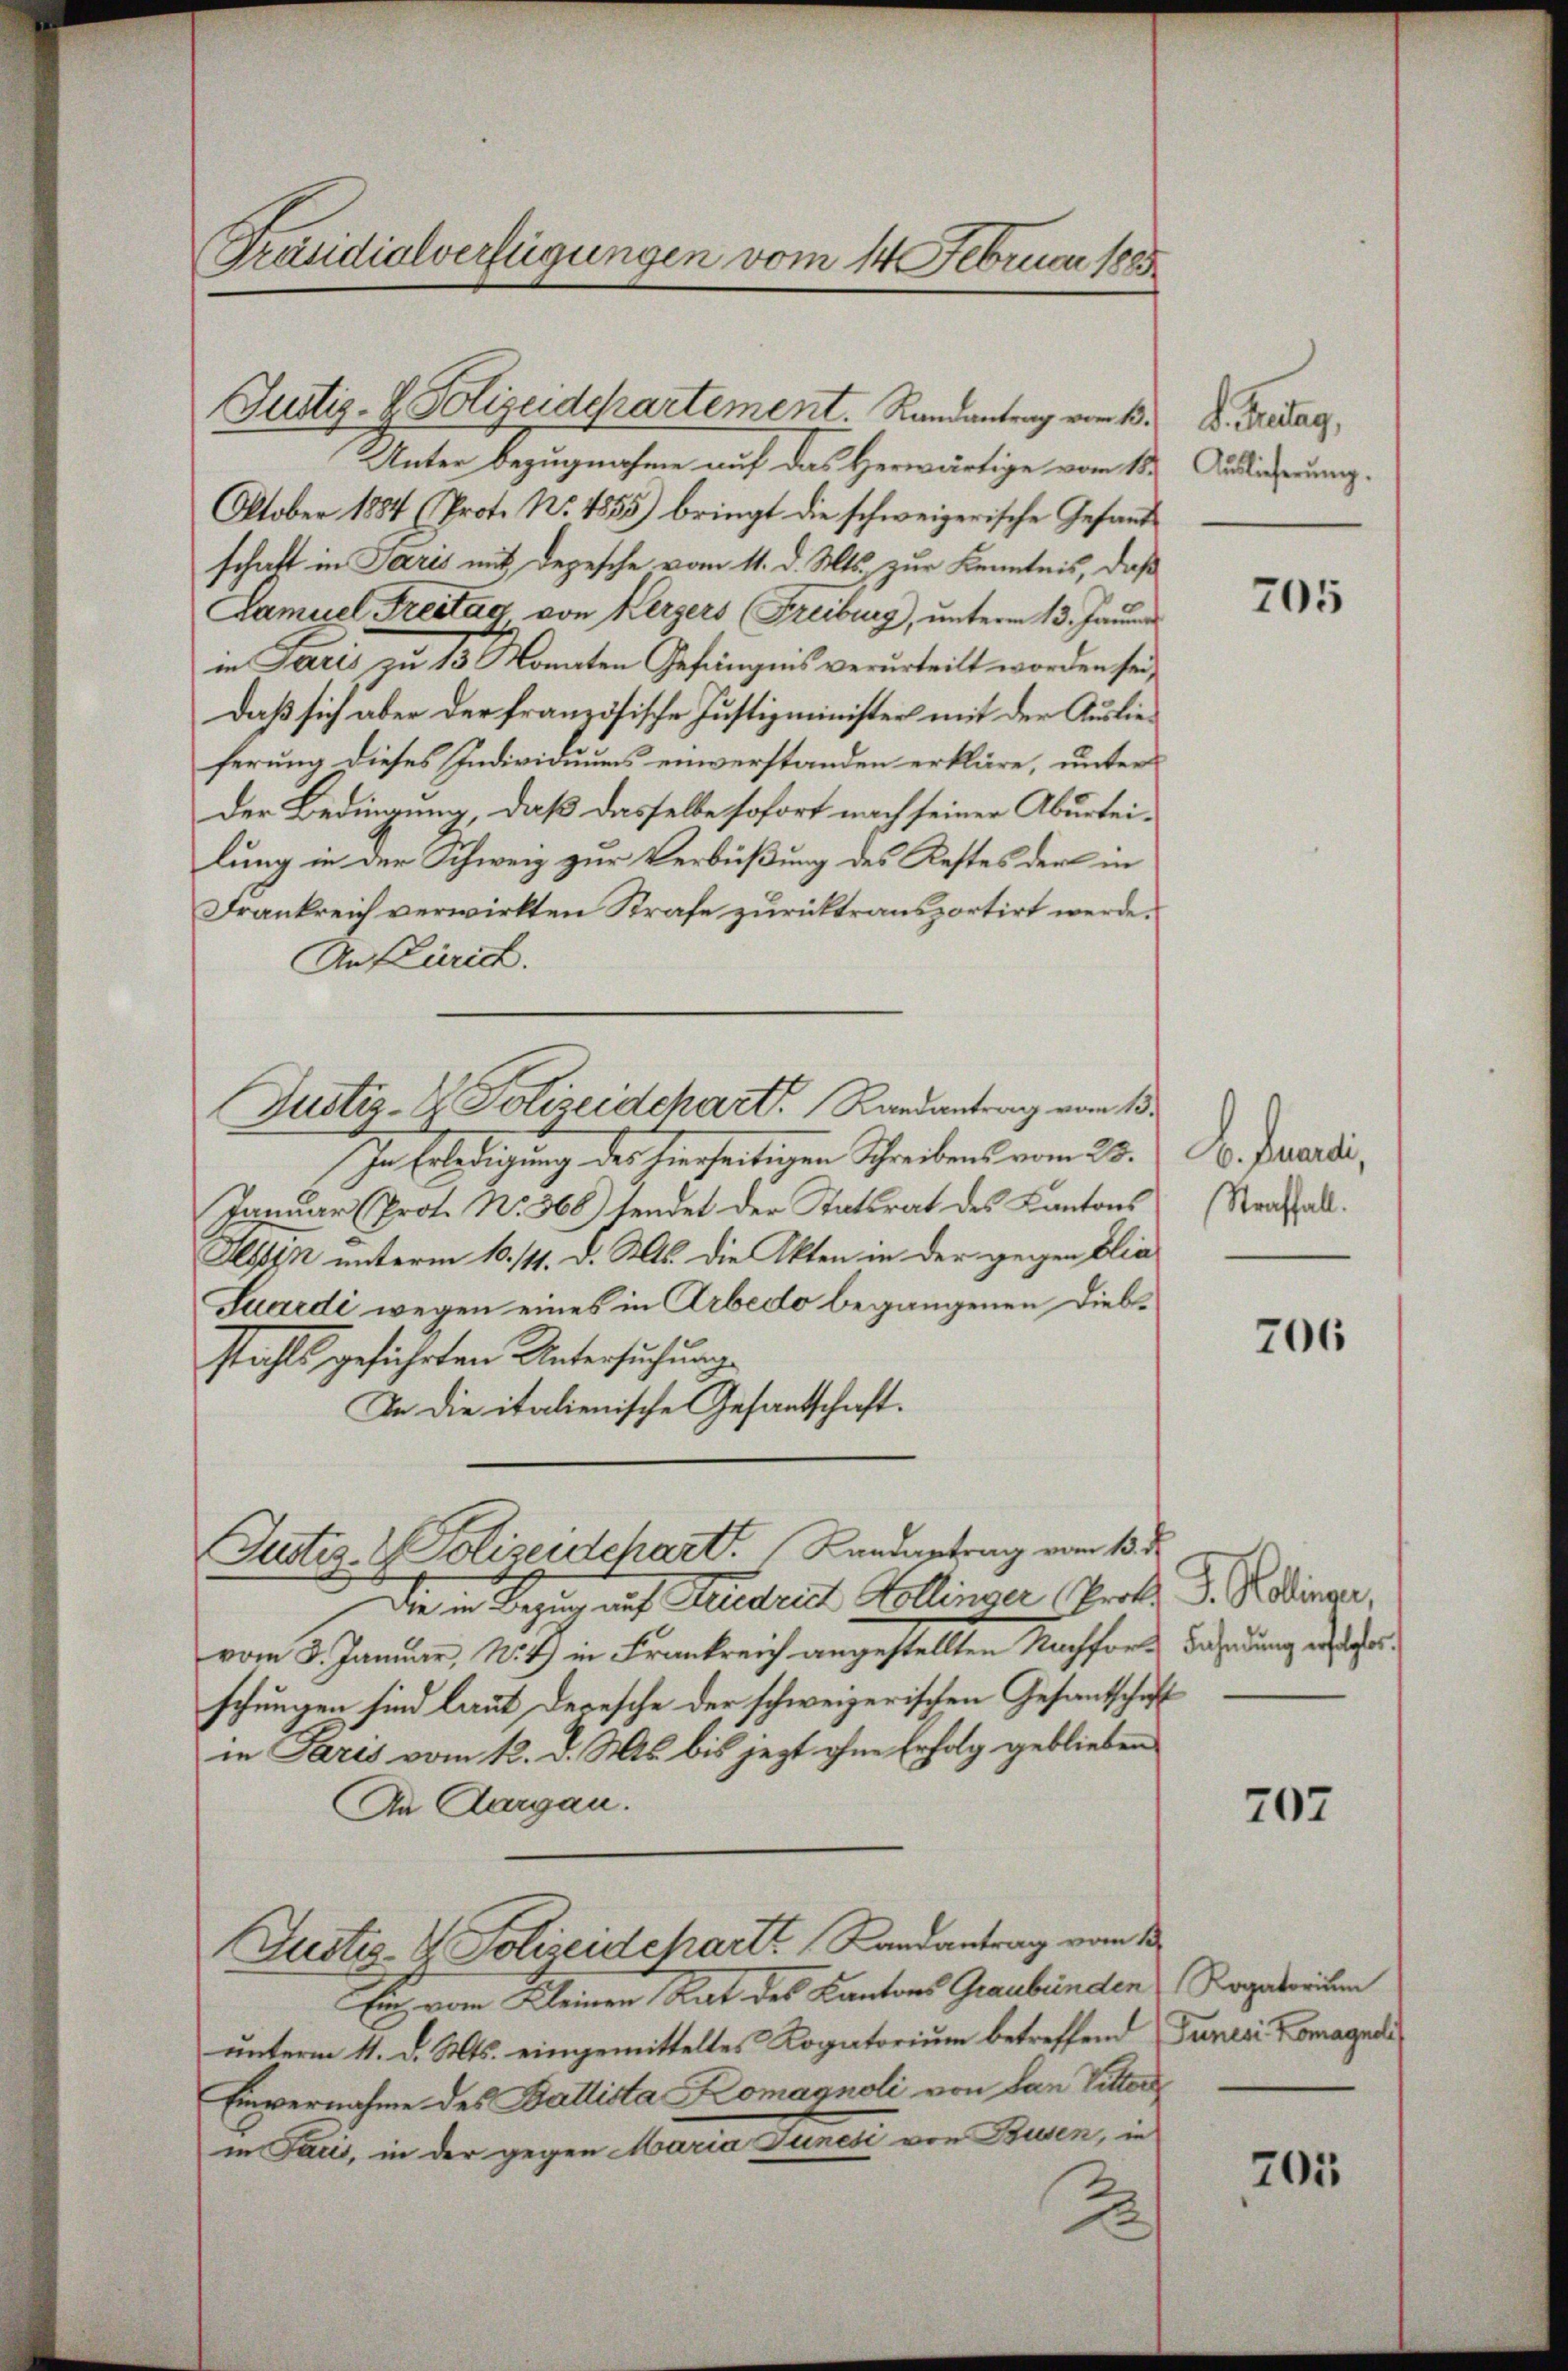
Präsidialverfügungen vom 14 Februar 1885.

Unter Bezugnahme auf das Herwärtige vom 18.
Oktober 1884 (Prot. No. 4555) bringt die schweizerische Gesandschaft in Paris mit Depesche vom 11. d. Mts. zur Kenntnis, daß
Lamuel Freitag von Kerzers (Freiburg, unterm 13. Janua
in Paris zu 13 Monaten Gefängnis verurteilt worden sei,
Daß sich aber der französische Justizminister mit der Auslieferung dieses Individuums einverstanden erkläre, unter
der Bedingung, daß dasselbe sofort nach seiner Aburteilung in der Schweiz zur Verbüßung des Restes der in
Frankreich verwirkten Strafe zurücktransportirt werde.
An Zürich.
Justiz- & Polizeidchart Randantrag vom 13.
In Erledigung des hierseitigen Schreibens vom 23.
Januar (Prot. No. 366) sendet der Tatsrat des Kantons
Alsten unterm 10. 111. d. Mts. die Akten in der gegen Elia
Fuardi wegen eines in Arbedo begangenen Diebstahls geführten Untersuchung
In die italienische Gesantschaft.

Justiz- & Polizeidepartement. Randantrag vom 15.

die in Bezug auf Friedrich Kollinger (Prok. D. Reinger,
vom 3. Januar, N. 4) in Frankreich angestellten Nachfore Fahndung ergerschungen sind laut Depesche der schweizerischen Gesantschaft
in Paris vom 12. d. Mts. bis jezt ohne Erfolg geblieben
An Aargau.
Justiz- & Polizeidcharts Randantrag vom 13.
Ein vom Kleinen Rat des Kantons Graubünden Rogatorium
unterm 11. d. Mts. eingemitteltes Kopatorium betreffend Funer Komagna
Einvernahme des Ballista Komagnoli von dan Pitter
in Taus, in der gegen Maria Junesi von Busen, in
2

Justiz- & Polizeidchart. Landantrag vom 13. d.

F. Betrag,
Auslieferung.

B. Frandi,
Straffall.

705

206

707

701